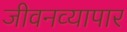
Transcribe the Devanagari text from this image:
जीवनव्यापार